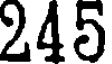
245